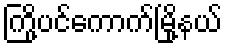
ကြို့ပင်ကောက်မြို့နယ်